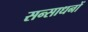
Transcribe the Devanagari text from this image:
सन्साधनों